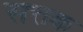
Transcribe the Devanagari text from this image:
सत्तक